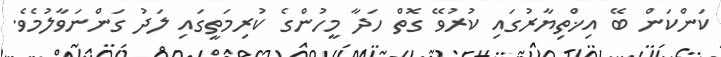
ކަންކަން ބޭ އިޚްތިޔާރުގައި ކުރުވޭ ގޮތް ހަދާ މީހުންގެ ކުރިމަތީގައި ލަދު ގަންނަވާލުމެވެ.